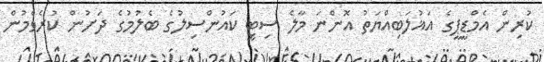
ކުރިން އެމްޑީޕީގެ އަޣުލަބިއްޔަތު އޮންނަ މާލެ ސިޓީ ކައުންސިލުގެ ބެލުމުގެ ދަށުން ކުރެވެމުން